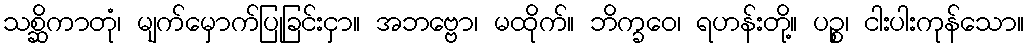
သစ္ဆိကာတုံ၊ မျက်မှောက်ပြုခြင်းငှာ။ အဘဗ္ဗော၊ မထိုက်။ ဘိက္ခဝေ၊ ရဟန်းတို့။ ပဉ္စ၊ ငါးပါးကုန်သော။